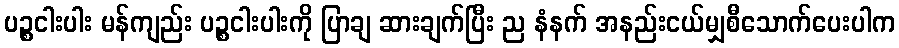
ပဉ္စငါးပါး မန်ကျည်း ပဉ္စငါးပါးကို ပြာချ ဆားချက်ပြီး ည နံနက် အနည်းငယ်မျှစီသောက်ပေးပါက